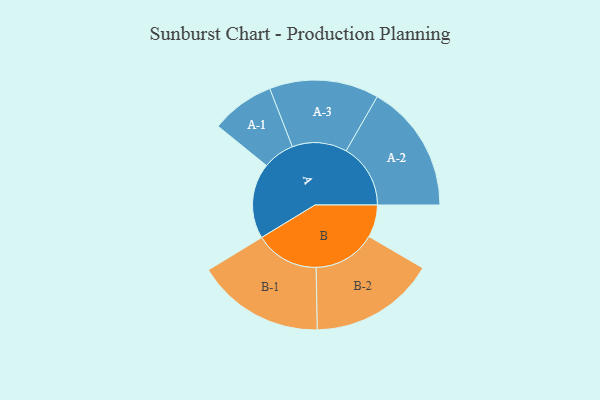
{"axis": {"x": "Segment", "y": "Value"}, "legend": ["", "A", "B"], "data": [{"x": "A", "y": 328, "type": ""}, {"x": "B", "y": 141, "type": ""}, {"x": "A-1", "y": 138, "type": "A"}, {"x": "A-2", "y": 280, "type": "A"}, {"x": "A-3", "y": 238, "type": "A"}, {"x": "B-1", "y": 278, "type": "B"}, {"x": "B-2", "y": 273, "type": "B"}]}